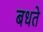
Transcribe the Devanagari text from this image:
बधते